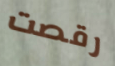
رقصت